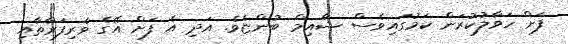
ފަށް ހަވާލުކުރަން ކަމުގައިވެސް ޝާއިމް ބުންޏެވެ. އަދި އެ ފަށް އޭގެ ވެރިފަރާތާއި